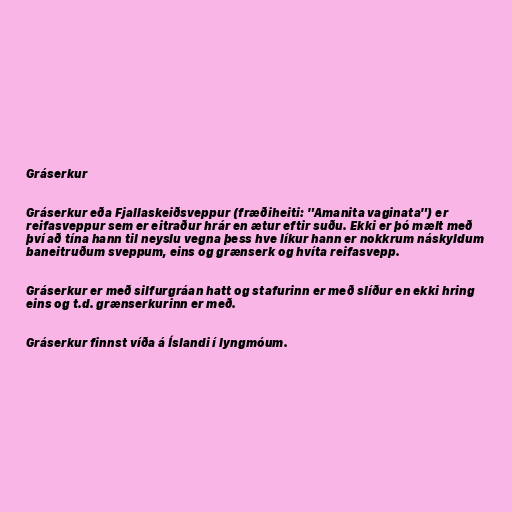
Gráserkur

Gráserkur eða Fjallaskeiðsveppur (fræðiheiti: "Amanita vaginata") er
reifasveppur sem er eitraður hrár en ætur eftir suðu. Ekki er þó mælt með
því að tína hann til neyslu vegna þess hve líkur hann er nokkrum náskyldum
baneitruðum sveppum, eins og grænserk og hvíta reifasvepp.

Gráserkur er með silfurgráan hatt og stafurinn er með slíður en ekki hring
eins og t.d. grænserkurinn er með.

Gráserkur finnst víða á Íslandi í lyngmóum.